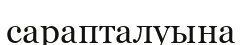
сарапталуына